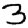
Digit: 3